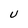
Character: U